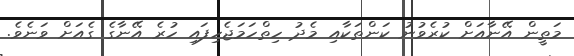
މަތީން އޭނާއަށް ކުރެވުނު ކަންތަކާއި މެދު ހިތްހަމަޖެހިފައި ހުރެ އޭނާގެ ގެއަށް ވަނެވެ.